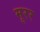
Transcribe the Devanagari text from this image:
मूरर